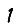
Digit: 1